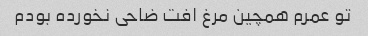
تو عمرم همچین مرغ افت ضاحی نخورده بودم